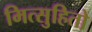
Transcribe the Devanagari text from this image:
मित्सुहितो